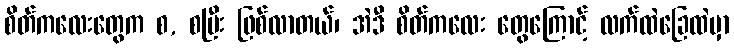
စိတ်ကလေးတွေက စ, စပြီး ဖြစ်လာတယ်၊ အဲဒီ စိတ်ကလေး တွေကြောင့် လက်ထဲခြေထဲမှာ